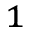
^ 1